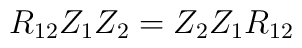
R_{12}Z_1Z_2 = Z_2Z_1R_{12}